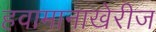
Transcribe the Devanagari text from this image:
हवामानाखेरीज